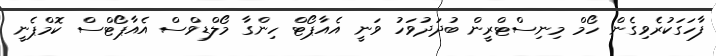
ފާހަގަކުރެވިގެން ހޯމް މިނިސްޓްރީން ބުދަދުވަހު ވަނީ އެއާޕޯޓް ހިންގާ މޯލްޑިވްސް އެއާޕޯޓްސް ކޮމްޕެނީ